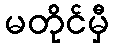
မတိုင်မှီ